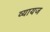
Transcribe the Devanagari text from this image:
व्‍यायज